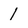
Character: 1